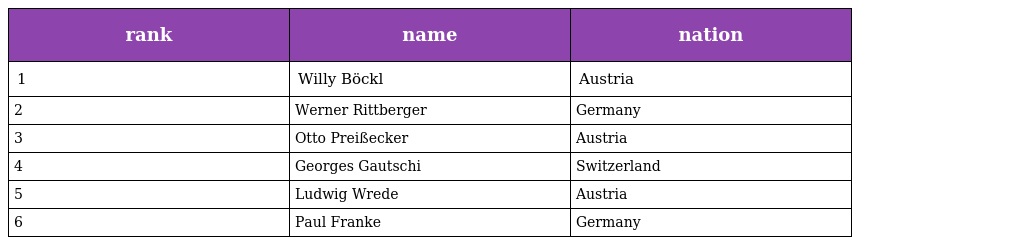
| rank | name | nation |
 | --- | --- | --- |
 | 1 | Willy Böckl | Austria |
 | 2 | Werner Rittberger | Germany |
 | 3 | Otto Preißecker | Austria |
 | 4 | Georges Gautschi | Switzerland |
 | 5 | Ludwig Wrede | Austria |
 | 6 | Paul Franke | Germany |